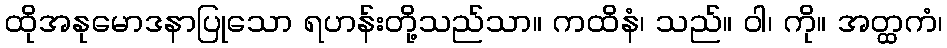
ထိုအနုမောဒနာပြုသော ရဟန်းတို့သည်သာ။ ကထိနံ၊ သည်။ ဝါ၊ ကို။ အတ္ထကံ၊